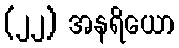
(၂၂) အနရိယော